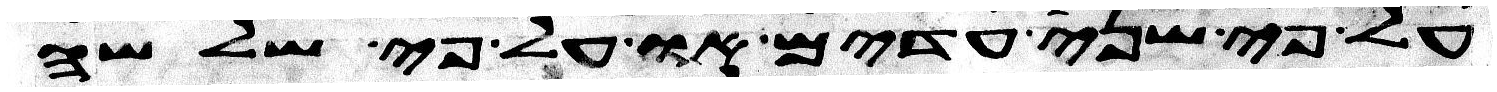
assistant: על פי שני עדים או על פי שלשה